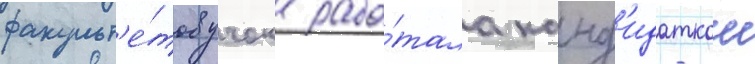
факульт'е́тов учок рабо́тала канд'идаткои